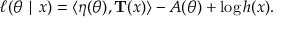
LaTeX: \ell ( { \boldsymbol { \theta } } \mid x ) = \langle { \boldsymbol { \eta } } ( { \boldsymbol { \theta } } ) , \mathbf { T } ( x ) \rangle - A ( { \boldsymbol { \theta } } ) + \log h ( x ) .